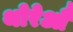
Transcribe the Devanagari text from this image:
थोरेऔ